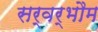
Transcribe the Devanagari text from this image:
सर्वर्भौम